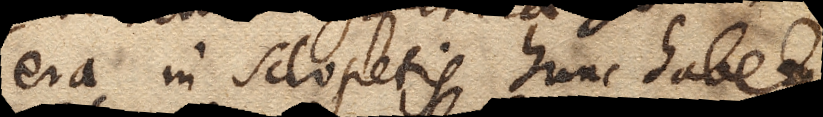
Cera in Sclopetis hunc habet